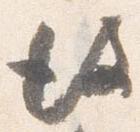
彼